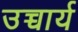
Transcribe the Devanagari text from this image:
उच्चार्य